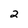
Character: 2